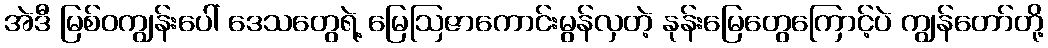
အဲဒီ မြစ်ဝကျွန်းပေါ် ဒေသတွေရဲ့ မြေဩဇာကောင်းမွန်လှတဲ့ နုန်းမြေတွေကြောင့်ပဲ ကျွန်တော်တို့